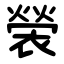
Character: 褮